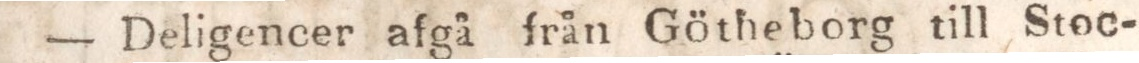
— Deligencer afgå från Götheborg till Stoc-